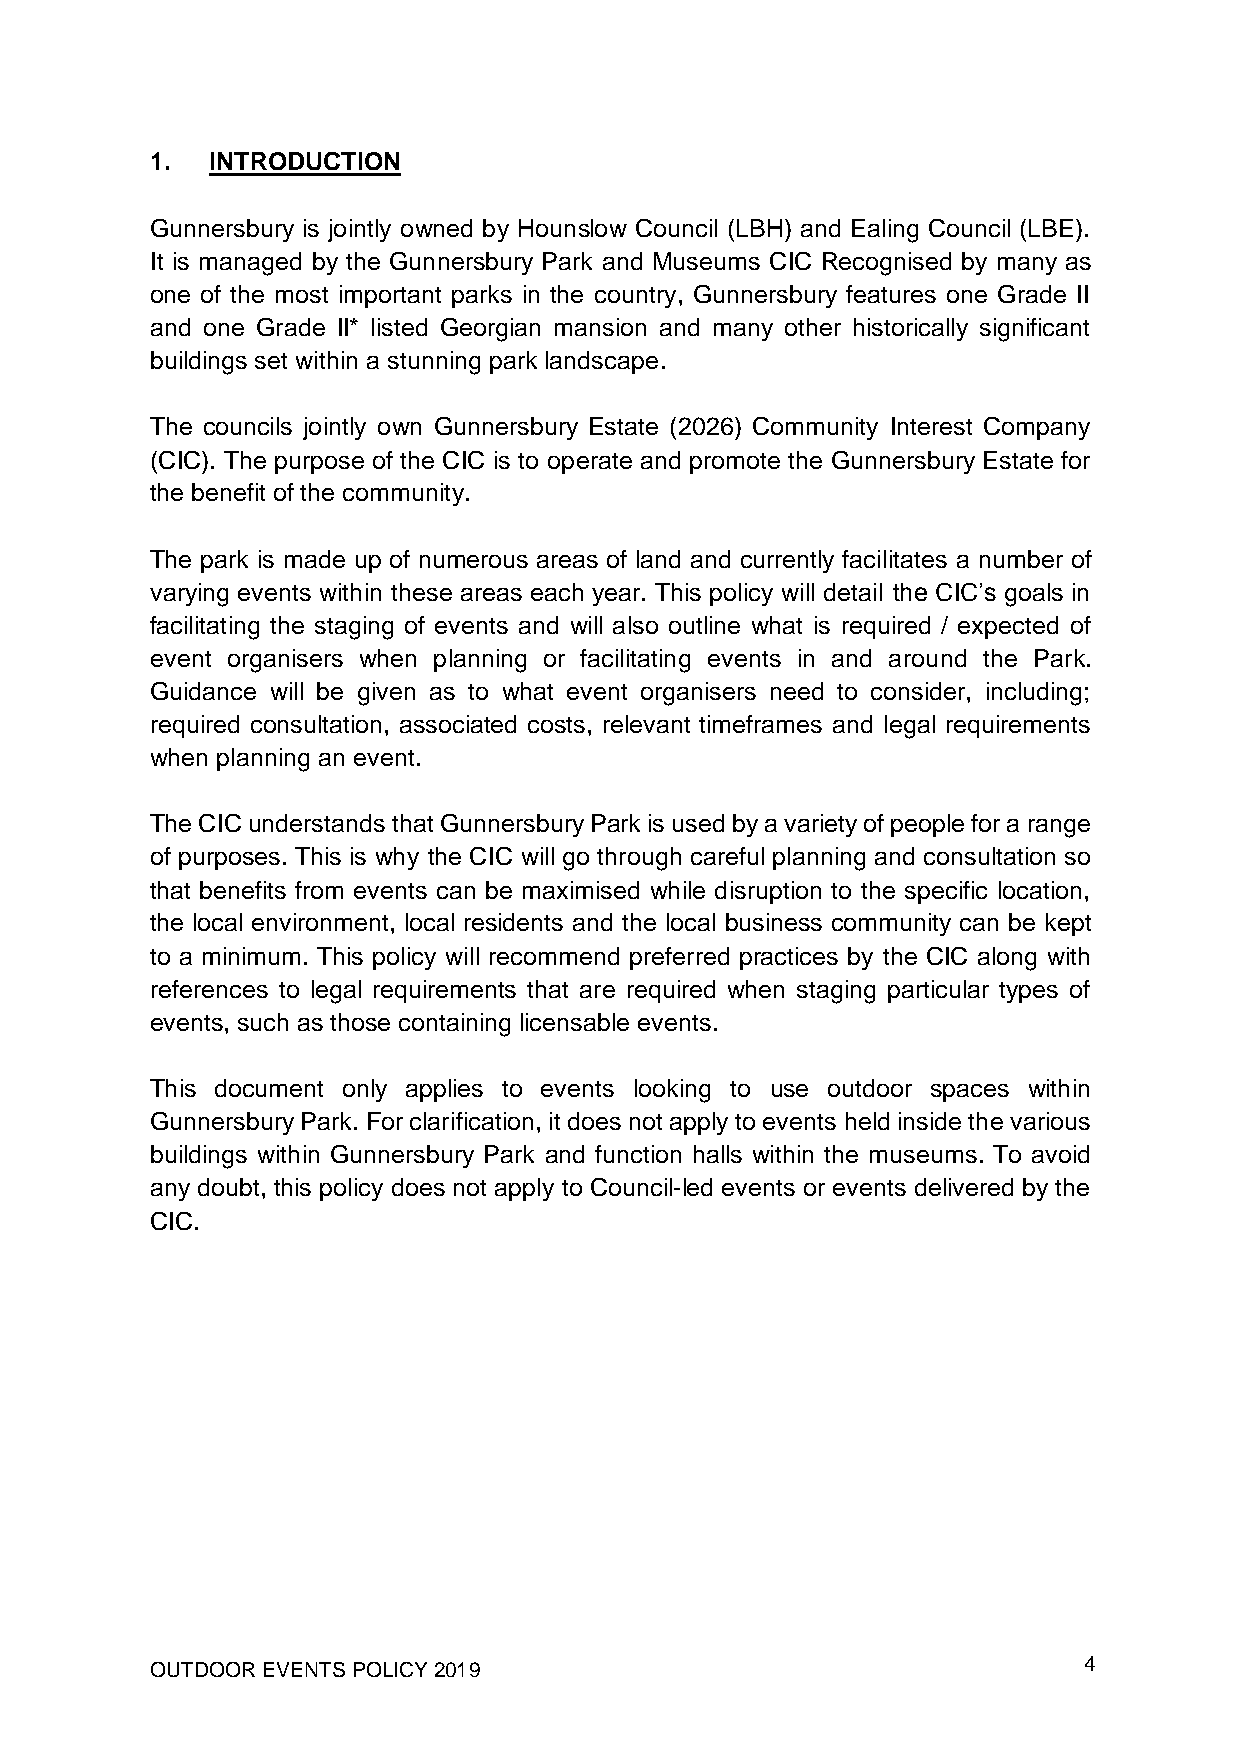
1.  INTRODUCTION
 Gunnersbury is jointly owned by Hounslow Council (LBH) and Ealing Council (LBE).
 It is managed by the Gunnersbury Park and Museums CIC Recognised by many as
 one of the most important parks in the country, Gunnersbury features one Grade II
 and one Grade II* listed Georgian mansion and many other historically significant
 buildings set within a stunning park landscape.
 The councils jointly own Gunnersbury Estate (2026) Community Interest Company
 (CIC). The purpose of the CIC is to operate and promote the Gunnersbury Estate for
 the benefit of the community.
 The park is made up of numerous areas of land and currently facilitates a number of
 varying events within these areas each year. This policy will detail the CIC’s goals in
 facilitating the staging of events and will also outline what is required / expected of
 event organisers when planning or facilitating events in and around the Park.
 Guidance will be given as to what event organisers need to consider, including;
 required consultation, associated costs, relevant timeframes and legal requirements
 when planning an event.
 The CIC understands that Gunnersbury Park is used by a variety of people for a range
 of purposes. This is why the CIC will go through careful planning and consultation so
 that benefits from events can be maximised while disruption to the specific location,
 the local environment, local residents and the local business community can be kept
 to a minimum. This policy will recommend preferred practices by the CIC along with
 references to legal requirements that are required when staging particular types of
 events, such as those containing licensable events.
 This document only applies to events looking to use outdoor spaces within
 Gunnersbury Park. For clarification, it does not apply to events held inside the various
 buildings within Gunnersbury Park and function halls within the museums. To avoid
 any doubt, this policy does not apply to Council-led events or events delivered by the
 CIC.
 OUTDOOR EVENTS POLICY 2019                                    4